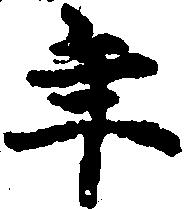
年